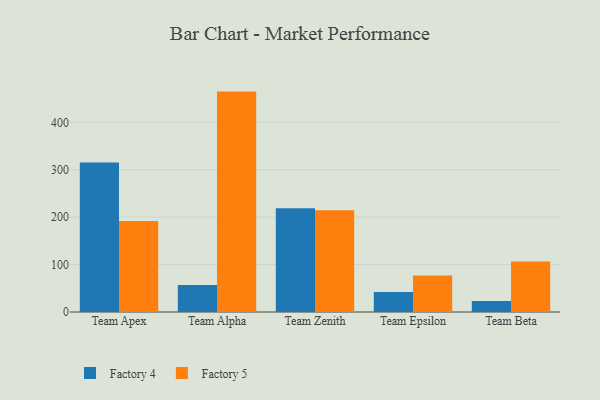
{"axis": {"x": "Team", "y": "Inventory Turnover"}, "legend": ["Factory 4", "Factory 5"], "data": [{"x": "Team Apex", "y": 315.4, "type": "Factory 4"}, {"x": "Team Apex", "y": 192.1, "type": "Factory 5"}, {"x": "Team Alpha", "y": 56.8, "type": "Factory 4"}, {"x": "Team Alpha", "y": 464.8, "type": "Factory 5"}, {"x": "Team Zenith", "y": 218.6, "type": "Factory 4"}, {"x": "Team Zenith", "y": 214.5, "type": "Factory 5"}, {"x": "Team Epsilon", "y": 42.0, "type": "Factory 4"}, {"x": "Team Epsilon", "y": 77.0, "type": "Factory 5"}, {"x": "Team Beta", "y": 23.4, "type": "Factory 4"}, {"x": "Team Beta", "y": 106.3, "type": "Factory 5"}]}